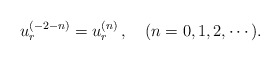
\begin{align*}u^{(-2-n)}_r = u^{(n)}_r\,, \quad(n=0,1,2,\cdots).\end{align*}